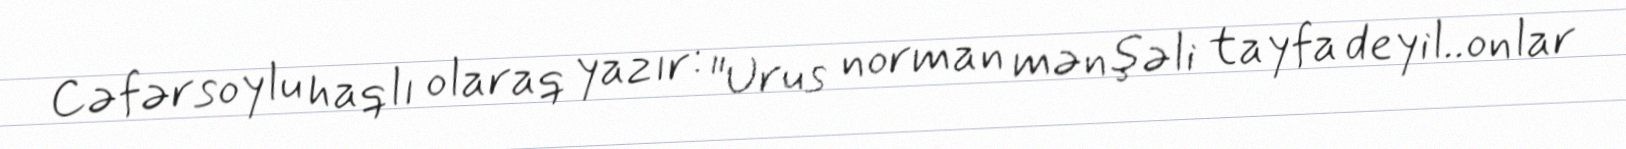
Cəfərsoylu haqlı olaraq yazır: "Urus norman mənşəli tayfa deyil..onlar